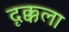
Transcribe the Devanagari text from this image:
दृक्कला